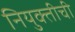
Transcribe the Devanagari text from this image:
नियुक्तीची